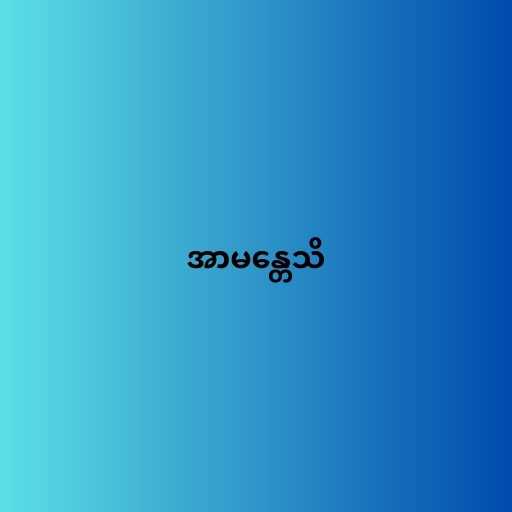
အာမန္တေသိ